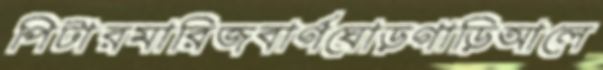
পিটারমারিজবার্গঘোড়গাড়িআলে